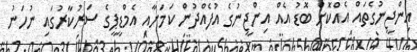
އިންޖީނުގެތައް އެއްކޮށް ބޮޑު އެއް އިންޖީނުގެ އުފެއްދުން ކަމަށާއި އެމްޑީޕީގެ ސަރުކާރުގައި ނުހަނު